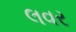
લવર